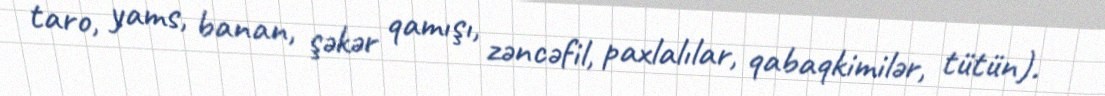
taro, yams, banan, şəkər qamışı, zəncəfil, paxlalılar, qabaqkimilər, tütün).